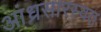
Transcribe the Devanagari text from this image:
आंध्रसारस्वत